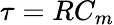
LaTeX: \tau=RC_{m}